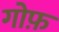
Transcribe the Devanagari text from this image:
गोफ़